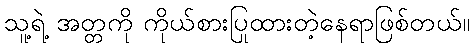
သူ့ရဲ့ အတ္တကို ကိုယ်စားပြုထားတဲ့နေရာဖြစ်တယ်။